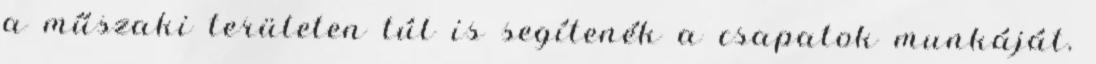
a műszaki területen túl is segítenék a csapatok munkáját.